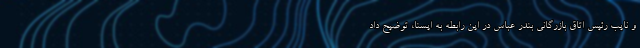
و نایب رئیس اتاق بازرگانی بندر عباس در این رابطه به ایسنا، توضیح داد